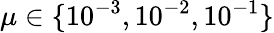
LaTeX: \mu\in\{ 10^{-3},10^{-2},10^{-1}\}